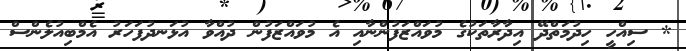
* ސިއްހީ ހިދުމަތްދޭ އިދާރާތަކުގެ މުވައްޒަފުންނާއި އެ މުވައްޒަފުން ދުއްވާ އުޅަނދުފަހަރު އެމްބިއުލެންސް